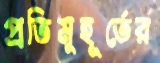
প্রতিমুহূর্তের